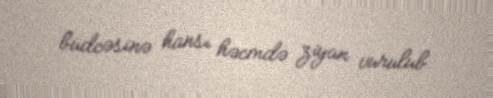
büdcəsinə hansı həcmdə ziyan vurulub.